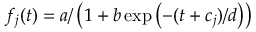
f _ { j } ( t ) = a / \left( 1 + b \exp \left( - ( t + c _ { j } ) / d \right) \right)